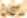
سيء